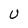
Character: U